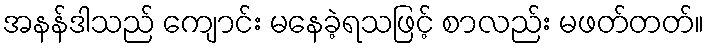
အနန်ဒါသည် ကျောင်း မနေခဲ့ရသဖြင့် စာလည်း မဖတ်တတ်။